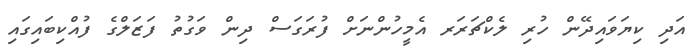
އަދި ކިޔަވައިދޭން ހުރި ލެކްޗަރަރ އެމީހުންނަށް ފުރަގަސް ދިން ވަގުތު ފަޒަލްގެ ފުއްކިބައިގައި